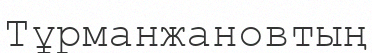
Тұрманжановтың